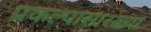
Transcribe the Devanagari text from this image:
प्रकल्पासारख्या